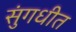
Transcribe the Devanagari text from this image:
सुंगधीत